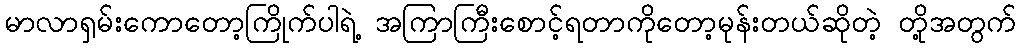
မာလာရှမ်းကောတော့ကြိုက်ပါရဲ့ အကြာကြီးစောင့်ရတာကိုတော့မုန်းတယ်ဆိုတဲ့ တို့အတွက်